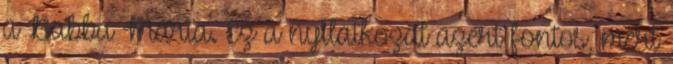
a Babba Mária. Ez a nyilatkozat azért fontos, mert